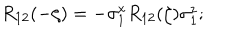
R _ { 1 2 } ( - \zeta ) = - \sigma _ { 1 } ^ { x } R _ { 1 2 } ( \zeta ) \sigma _ { 1 } ^ { z } ;